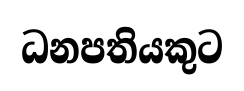
ධනපතියකුට